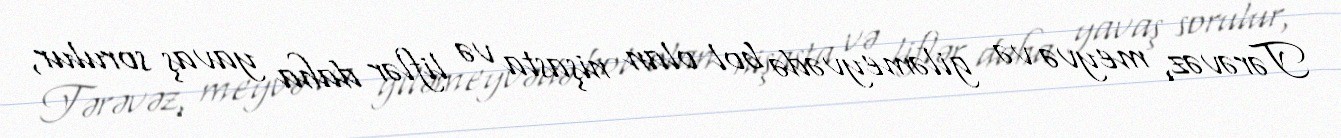
Tərəvəz, meyvə və giləmeyvədə bol olan nişasta və liflər daha yavaş sorulur,